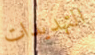
التهديدات